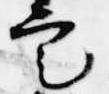
定